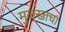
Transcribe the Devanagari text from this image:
मुलखाचा